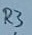
Text: R3